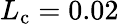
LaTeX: L_{\mathrm{c}}=0.02